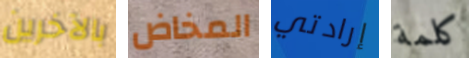
بالآخرين المخاض إرادتي كلمة